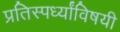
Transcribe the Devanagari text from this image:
प्रतिस्पर्ध्यांविषयी